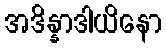
အဒိန္နာဒါယိနော